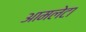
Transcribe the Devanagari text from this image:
आमलेटा